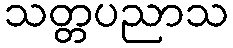
သတ္တပညာသ